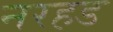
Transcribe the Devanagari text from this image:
नरहड